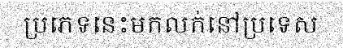
ប្រភេទនេះមកលក់នៅប្រទេស